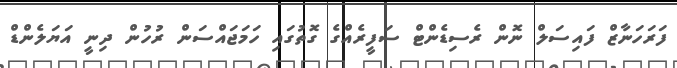
ފަރަހަނާޒް ފައިސަލް ނޮން ރެސިޑެންޓް ސަފީރެއްގެ ގޮތުގައި ހަމަޖައްސަން ރުހުން ދިނީ އަޔަލެންޑް